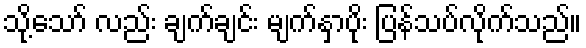
သို့သော် လည်း ချက်ချင်း မျက်နှာပိုး ပြန်သပ်လိုက်သည်။